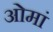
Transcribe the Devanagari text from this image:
ओमां